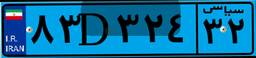
۸۱D۵۵۱۵۱